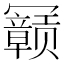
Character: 𫤽